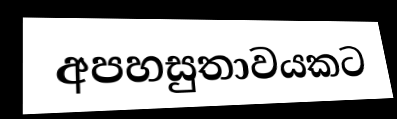
අපහසුතාවයකට